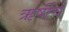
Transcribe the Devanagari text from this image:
ऋषींचें